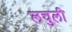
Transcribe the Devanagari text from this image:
लचुली